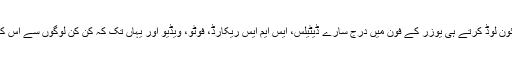
اسے اتنے شاطرانہ طریقے سے تیار کیا گیا تھا کہ اسے ڈائون لوڈ کرتے ہی یوزر کے فون میں درج سارے ڈیٹیلس، ایس ایم ایس ریکارڈ، فوٹو، ویڈیو اور یہاں تک کہ کن کن لوگوں سے اس کی باتیں ہو رہی ہیں، اس کا بیورا بھی سَروَر کو مل جاتا تھا۔